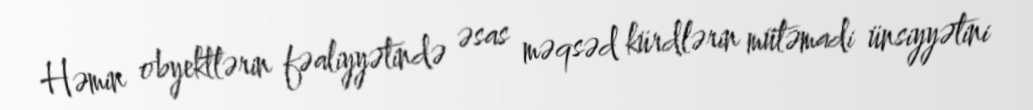
Həmin obyektlərin fəaliyyətində əsas məqsəd kürdlərin mütəmadi ünsiyyətini